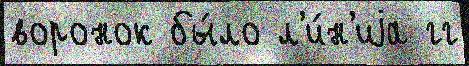
воронок бы́ло л'и́н'иjа гг